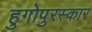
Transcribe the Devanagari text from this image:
हुगोपुरस्कार